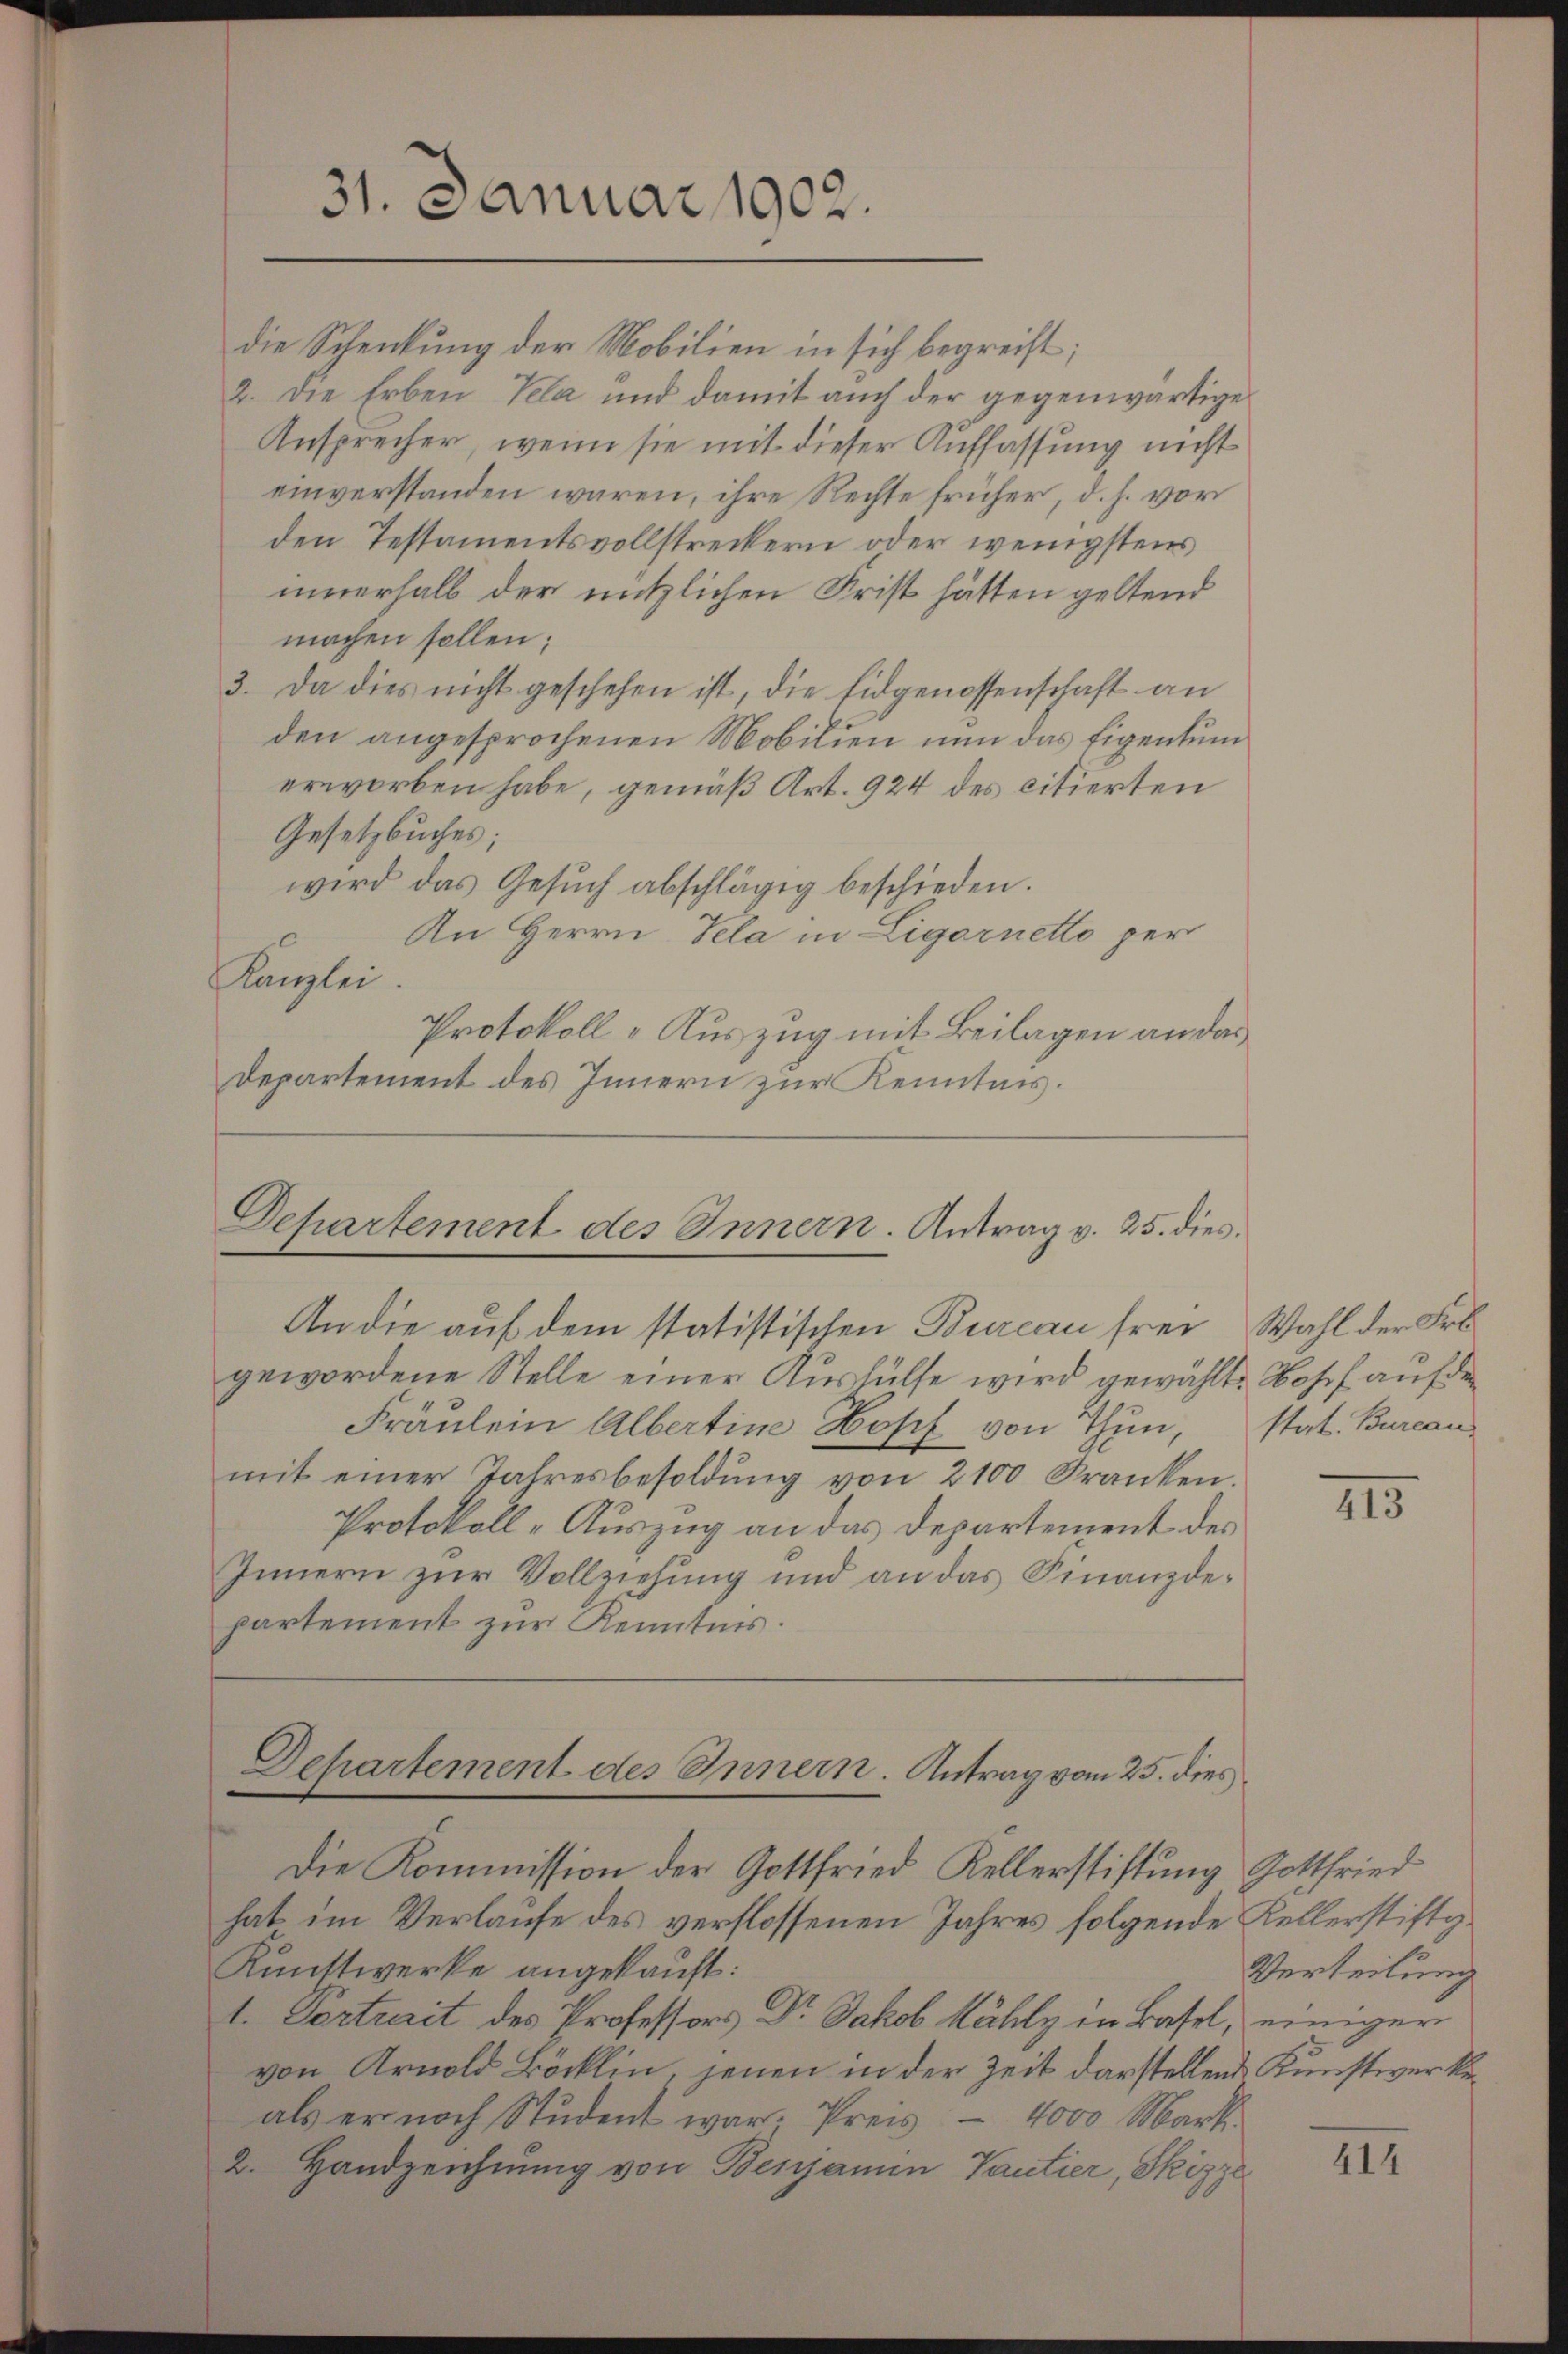
31. Januar 1902.

die Schenkung der Mobilien in sich begreift;
2. Die Erben Kela und damit auch der gegenwärtige
Ansprecher, wenn sie mit dieser Auffassung nicht
einverstanden waren, ihre Rechte früher, d. h. vor
den Testamentsvollstreckern oder wenigstens
innerhalb der nützlichen Frist hätten geltend
machen sollen;
3. Da dies nicht geschehen ist, die Eidgenossenschaft an
den angesprochenen Mobilien nun das Eigentum
erworben habe, gemäß Art. 924 des citierten
Gesetzbuches;
wird das Gesŭch abschlägig beschieden.
An Herrn Pela in Ligarnetto per
Kanzlei.
Protokoll-Auszug mit Beilagen an das
Departement des Innern zur Kenntnis.

Departement des Innern. Antrag v. 25. dies
An die auf dem statistischen Bureau frei Wahl der Frk.

gewordene Stelle einer Aushülfe wird gewählt. Josef auf den
Fräulein Albertine Hopf von Thun, stat. Bureau
mit einer Jahresbesoldung von 2100 Kranken.
Protokoll-Auszug an das Departement des
Innern zur Vollziehung und an das Finanzdepartement zur Kenntnis.

Departement des Innern. Antrag vom 25. dies

Die Kommission der Gottfried Kellerstiftung Gottfried
hat im Verlaufe des verflossenen Jahres folgende Kellerstiftig¬
Kunttwerke angekauft:
1. Vertrait des Professors Dr. Jakob Hähly in Basel, einiger
von Arnold Böcklin, jenen in der Zeit darstellend Kunstwerkerals er noch Student war. Preis - 4000 Mark
2. Handzeichnŭng von Benjamin Vantier, Skizze

III.

Verteilung

414